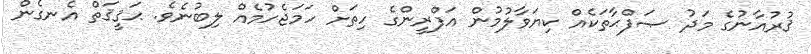
ޤުރުއާނުގެ މަދު ޞަފްޙާތަކެއް ކިޔަވާލުމުން އަފްރީންގެ ހިތަށް ހަމަޖެހުމެއް ލިބުނެވެ. ޙަޤީޤަތް އެނގެން